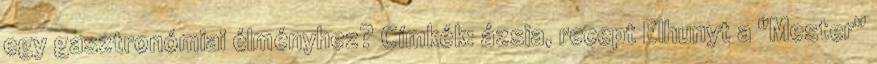
egy gasztronómiai élményhez? Címkék: ázsia, recept Elhunyt a "Mester''